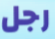
رجل